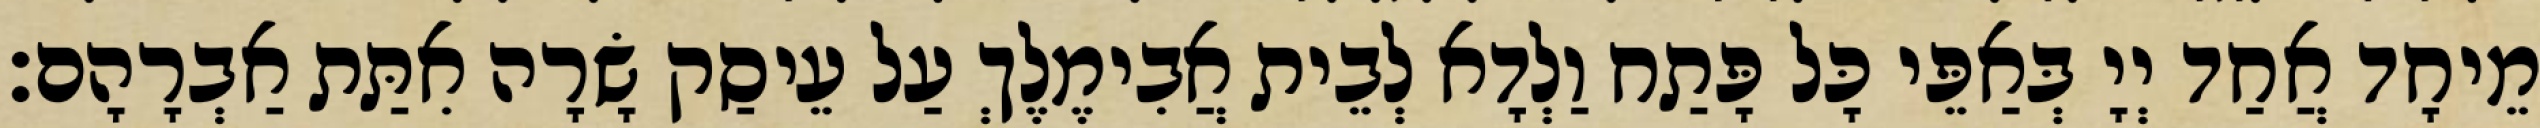
מֵיחָד אֲחַד יְיָ בְּאַפֵּי כָּל פָּתַח וַלְדָא לְבֵית אֲבִימֶלֶךְ עַל עֵיסַק שָׂרָה אִתַּת אַבְרָהָם׃